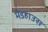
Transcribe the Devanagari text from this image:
मैडहाउस